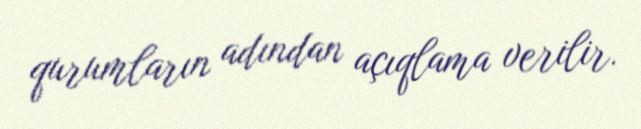
qurumların adından açıqlama verilir.